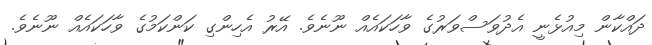
ދައްކާން މިއުޅެނީ އެދުވަސްވަރުގެ ވާހަކައެއް ނޫނެވެ. އޭރު އެހިންގި ކަންކަމުގެ ވާހަކައެއް ނޫނެވެ.